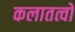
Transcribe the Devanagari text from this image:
कलातत्वों